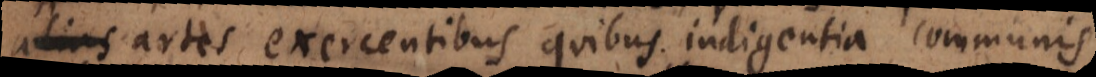
artes exercentibus quibus indigentia communis